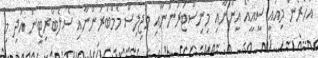
އަހަރެން މިއައީ ސީއީއޯ އިންނާއި މިނިސްޓަރުންނާއި މަޖިލިސް މެމްބަރުންނާއި ސެލެބްރިޓީން އަދި މި